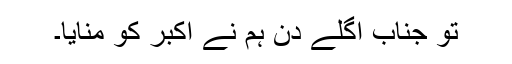
تو جناب اگلے دن ہم نے اکبر کو منایا۔